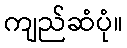
ကျည်ဆံပုံ။